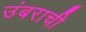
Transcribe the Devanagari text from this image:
उंबराची